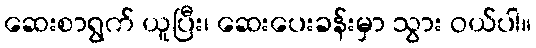
ဆေးစာရွက် ယူပြီး၊ ဆေးပေးခန်းမှာ သွား ဝယ်ပါ။